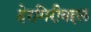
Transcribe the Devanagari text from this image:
हेरगिरीबद्दल